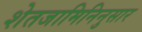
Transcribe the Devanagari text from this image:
शेतजामिनिनुसार